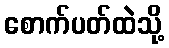
စောက်ပတ်ထဲသို့